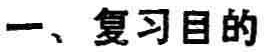
一、复习目的